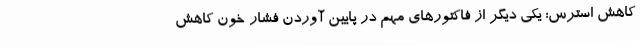
کاهش استرس: یکی دیگر از فاکتورهای مهم در پایین آوردن فشار خون کاهش